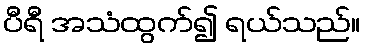
ပီရီ အသံထွက်၍ ရယ်သည်။